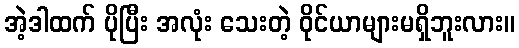
အဲ့ဒါထက် ပိုပြီး အလုံး သေးတဲ့ ဝိုင်ယာများမရှိဘူးလား။